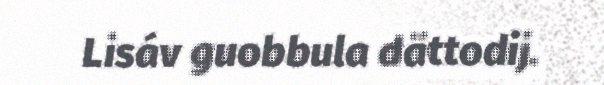
Lisáv guobbula dättodij.